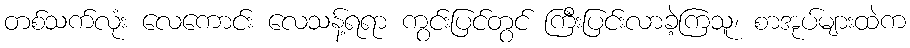
တစ်သက်လုံး လေကောင်း လေသန့်ရရာ ကွင်းပြင်တွင် ကြီးပြင်းလာခဲ့ကြသူ၊ စာအုပ်များထဲက